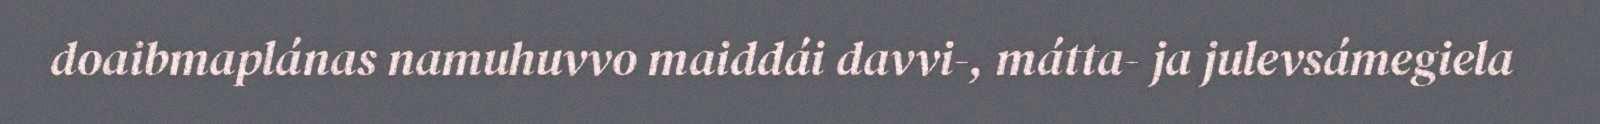
doaibmaplánas namuhuvvo maiddái davvi-, mátta- ja julevsámegiela